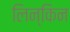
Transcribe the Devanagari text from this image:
लिन्किन